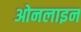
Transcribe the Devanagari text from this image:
ओनलाइन